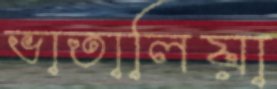
ভাতালিয়া